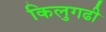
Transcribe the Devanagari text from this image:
किलुगढी